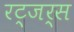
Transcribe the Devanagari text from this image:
रट्जर्स